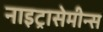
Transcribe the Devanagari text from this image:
नाइट्रासेमीन्स